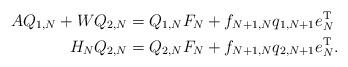
LaTeX: \begin{align*} \begin{aligned} A Q_{1,N} + W Q_{2,N} &= Q_{1,N} F_N + f_{N+1,N} q_{1,N+1} e_N^{\mathrm T} \\ H_N Q_{2,N} &= Q_{2,N} F_N + f_{N+1,N} q_{2,N+1} e_N^{\mathrm T}. \end{aligned}\end{align*}